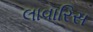
લાવારિસ